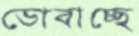
ডোবাচ্ছে